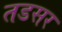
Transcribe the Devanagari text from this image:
तडसर